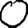
Digit: 0